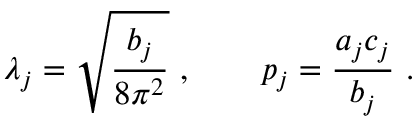
\lambda _ { j } = \sqrt { \frac { b _ { j } } { 8 \pi ^ { 2 } } } ~ , \qquad p _ { j } = \frac { a _ { j } c _ { j } } { b _ { j } } ~ .